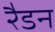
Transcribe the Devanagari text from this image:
रैडन